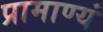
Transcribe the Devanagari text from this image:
प्रामाण्यं